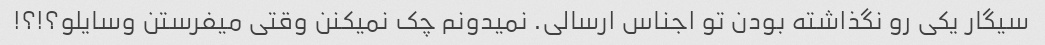
سیگار یکی رو نگذاشته بودن تو اجناس ارسالی. نمیدونم چک نمیکنن وقتی میفرستن وسایلو؟!؟!